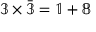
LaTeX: \mathbb { 3 } \times { \bar { \mathbb { 3 } } } = \mathbb { 1 } + \mathbb { 8 }